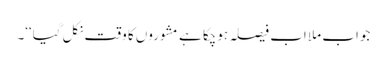
جواب ملا اب فیصلہ ہوچکا ہے مشوروں کا وقت نکل گیا‘‘۔